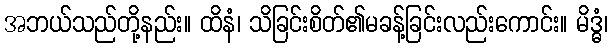
အဘယ်သည်တို့နည်း။ ထိနံ၊ သိခြင်းစိတ်၏မခန့်ခြင်းလည်းကောင်း။ မိဒ္ဓံ၊